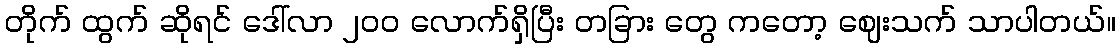
တိုက် ထွက် ဆိုရင် ဒေါ်လာ ၂၀၀ လောက်ရှိပြီး တခြား တွေ ကတော့ ဈေးသက် သာပါတယ်။